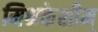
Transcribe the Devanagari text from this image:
मिश्रकेशीम्